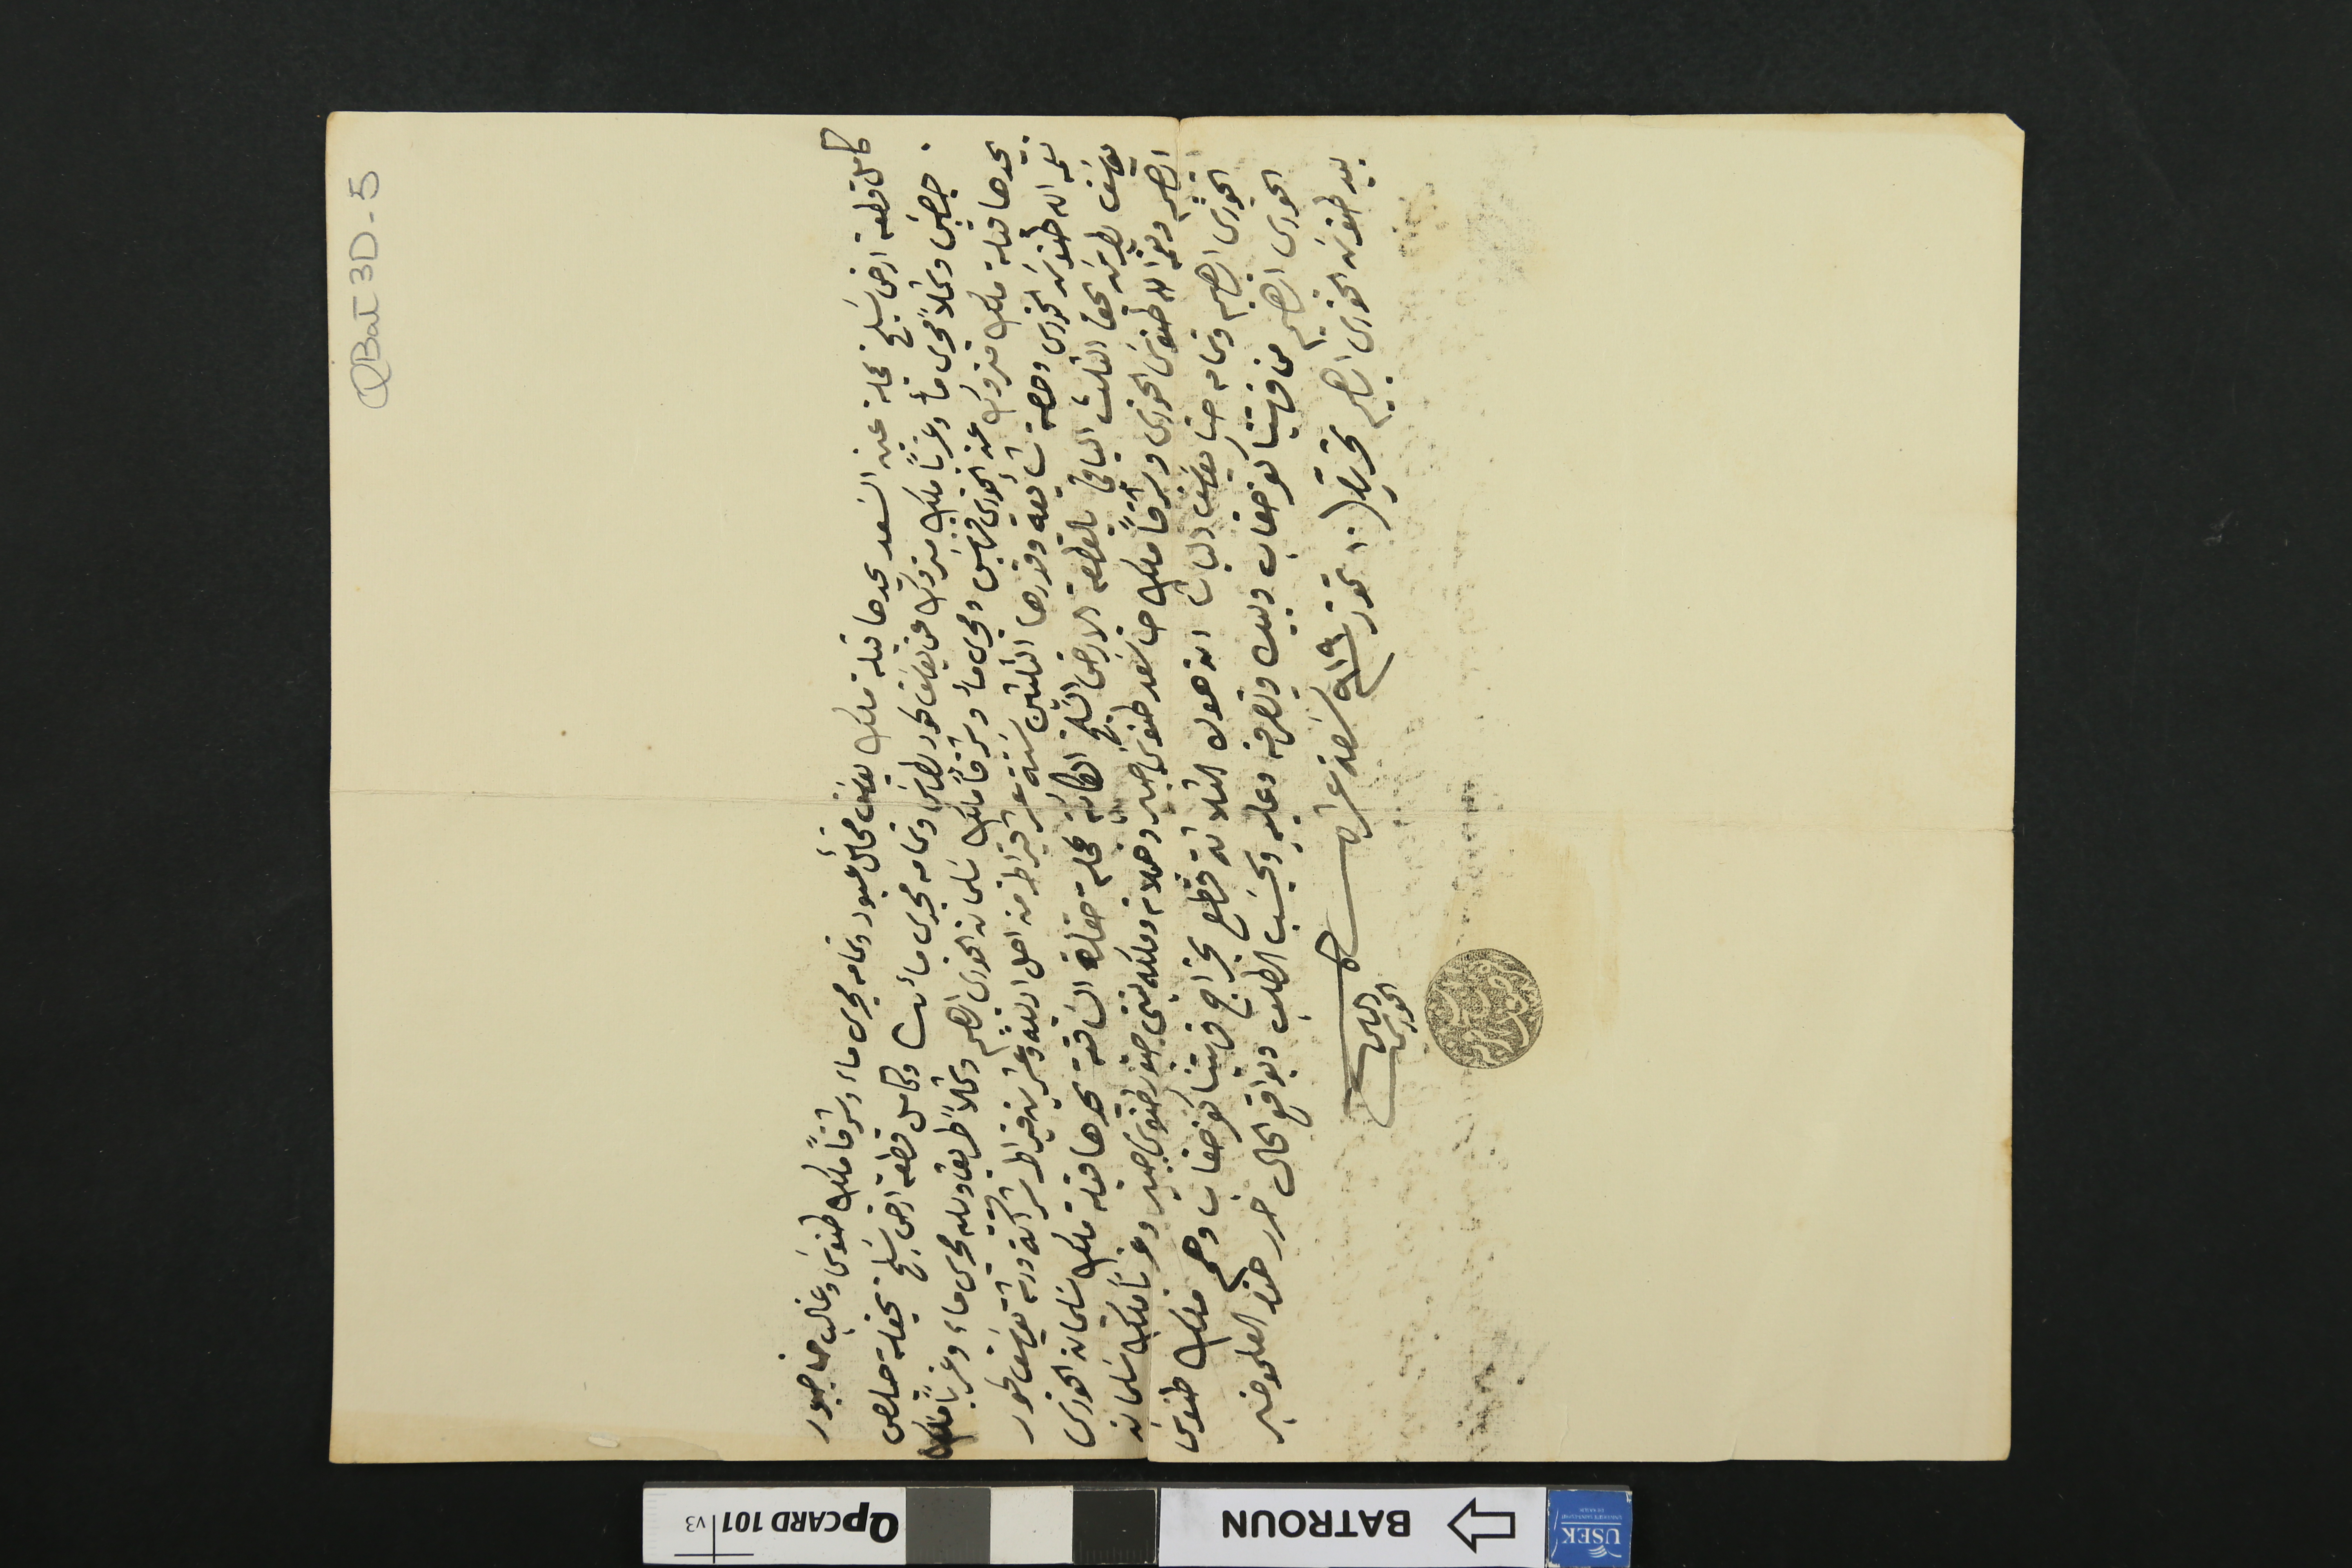
QBat3D-5
كامل قطعة ارض سَليخ بمحلة عين السَعد يحدها قبلة ملك يوسَف مخائل عبود وتمامه مجرى ماء وشرقاً ملك طنوسَ وغالب حنا جبور
جرجس وشمالاً مجرى مأ وغرباً ملك متروك عن يوسَف لحود بطرسَ وتمامه مجرى مائى وكامل قطعة ارض سَليخ بحقلة حبلص
بيحدها قبلة ملك متروك عن الخوري فرنسَيس ومجرى مأ وشرقاً ملك سَليمان الخوري ابرهيم وشمالاً طريق ويليه مجرى ماء وغرباً مَلك
نعمه الله طنوسَ الخوري وحصة شأيعه وقدرها التلتين سَتة عشر قيراط من اصل اربعة وعشرين قيراط شراكة ورشة يوسَف لحود
يوسَف بطرسَ بحق التلت الباقي بالقطعة الارض السَّليخ الكائنة بمحلة حقلة السَاقية يحدّها قبلة ملك سَليمان الخورى
الياس ونعمه الله طنوسَ الخورى وشرقاً ملك حنا سَعد طنوس جبير وهيلانه وملكه بنتى جبّور طنوس جبير وغرباً ملك سَلمان
الخورى ابرهيم وتمام حنا يوسَف الباشا ان هول الثلاثة قطع بخراج قريتنا كفرصغاب وهم ملك طنوسَ
الخوري ابراهيم من قريتنا كفرصغاب وبيده وتصرفه وعليهِ وبحسَب الطلب وبواقع الحال حرر هذا العلم وخبر
بيد طنوسَ الخورى ابراهيم تحريراً /١٠ تموز سنة ٩١٩ تسَعة عشر من
الياس الخوري		شيخ قرية كفرصغاب